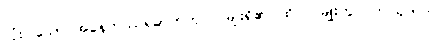
လုံးပါသော အနေကဿရဓာတ်ဟု ၂ မျိုးရှိ၏၊ ထို ၂ မျိုးတွင် ဤသုတ်က